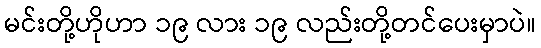
မင်းတို့ဟိုဟာ ၁၉ လား ၁၉ လည်းတို့တင်ပေးမှာပဲ။